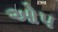
ઓપ